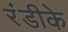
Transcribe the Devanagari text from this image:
रंडीके